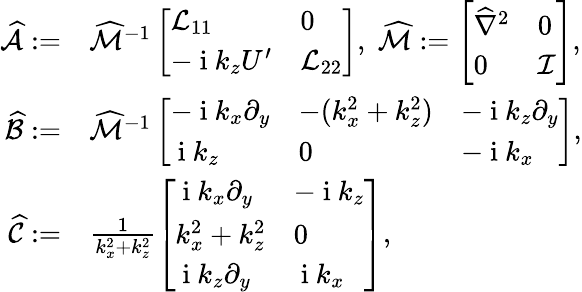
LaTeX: \begin{array}{rl}{\widehat{\mathcal{A}}:=}&{{}\widehat{\mathcal{M}}^{-1}\left[\begin{array}{ll}{\mathcal{L}_{11}}&{0}\\ {-\mathrm{~i~}k_{z}U^{\prime}}&{\mathcal{L}_{22}}\end{array}\right],\; \widehat{\mathcal{M}}:=\left[\begin{array}{ll}{\widehat{\nabla}^{2}}&{0}\\ {0}&{\mathcal{I}}\end{array}\right],}\\ {\mathcal{\widehat{B}}:=}&{{}\widehat{\mathcal{M}}^{-1}\left[\begin{array}{lll}{-\mathrm{~i~}k_{x}\partial_{y}}&{-(k_{x}^{2}+k_{z}^{2})}&{-\mathrm{~i~}k_{z}\partial_{y}}\\ {\mathrm{~i~}k_{z}}&{0}&{-\mathrm{~i~}k_{x}}\end{array}\right],}\\ {\mathcal{\widehat{C}}:=}&{{}\frac{1}{k_{x}^{2}+k_{z}^{2}}\left[\begin{array}{ll}{\mathrm{~i~}k_{x}\partial_{y}}&{-\mathrm{~i~}k_{z}}\\ {k_{x}^{2}+k_{z}^{2}}&{0}\\ {\mathrm{~i~}k_{z}\partial_{y}}&{\mathrm{~i~}k_{x}}\end{array}\right],}\end{array}